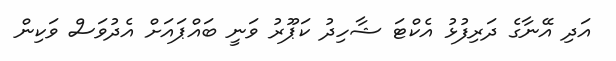
އަދި އޭނާގެ ދަރިފުޅު އެކްޓަ ޝާހިދު ކަޕޫރު ވަނީ ބައްޕައަށް އެދުވަސް ވަކިން